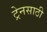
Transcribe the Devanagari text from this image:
ट्रेनसाठी